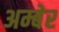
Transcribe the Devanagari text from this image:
अम्बेर